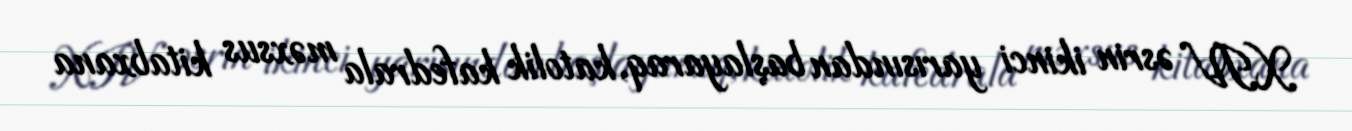
XIV əsrin ikinci yarısından başlayaraq, katolik kafedrala məxsus kitabxana